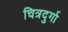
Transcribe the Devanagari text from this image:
चित्रदुर्गा